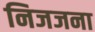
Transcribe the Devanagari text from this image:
निजजना